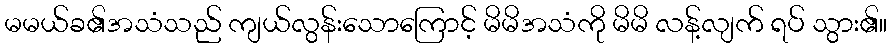
မမယ်ခ၏အသံသည် ကျယ်လွန်းသောကြောင့် မိမိအသံကို မိမိ လန့်လျက် ရပ် သွား၏။